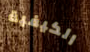
الكيفية